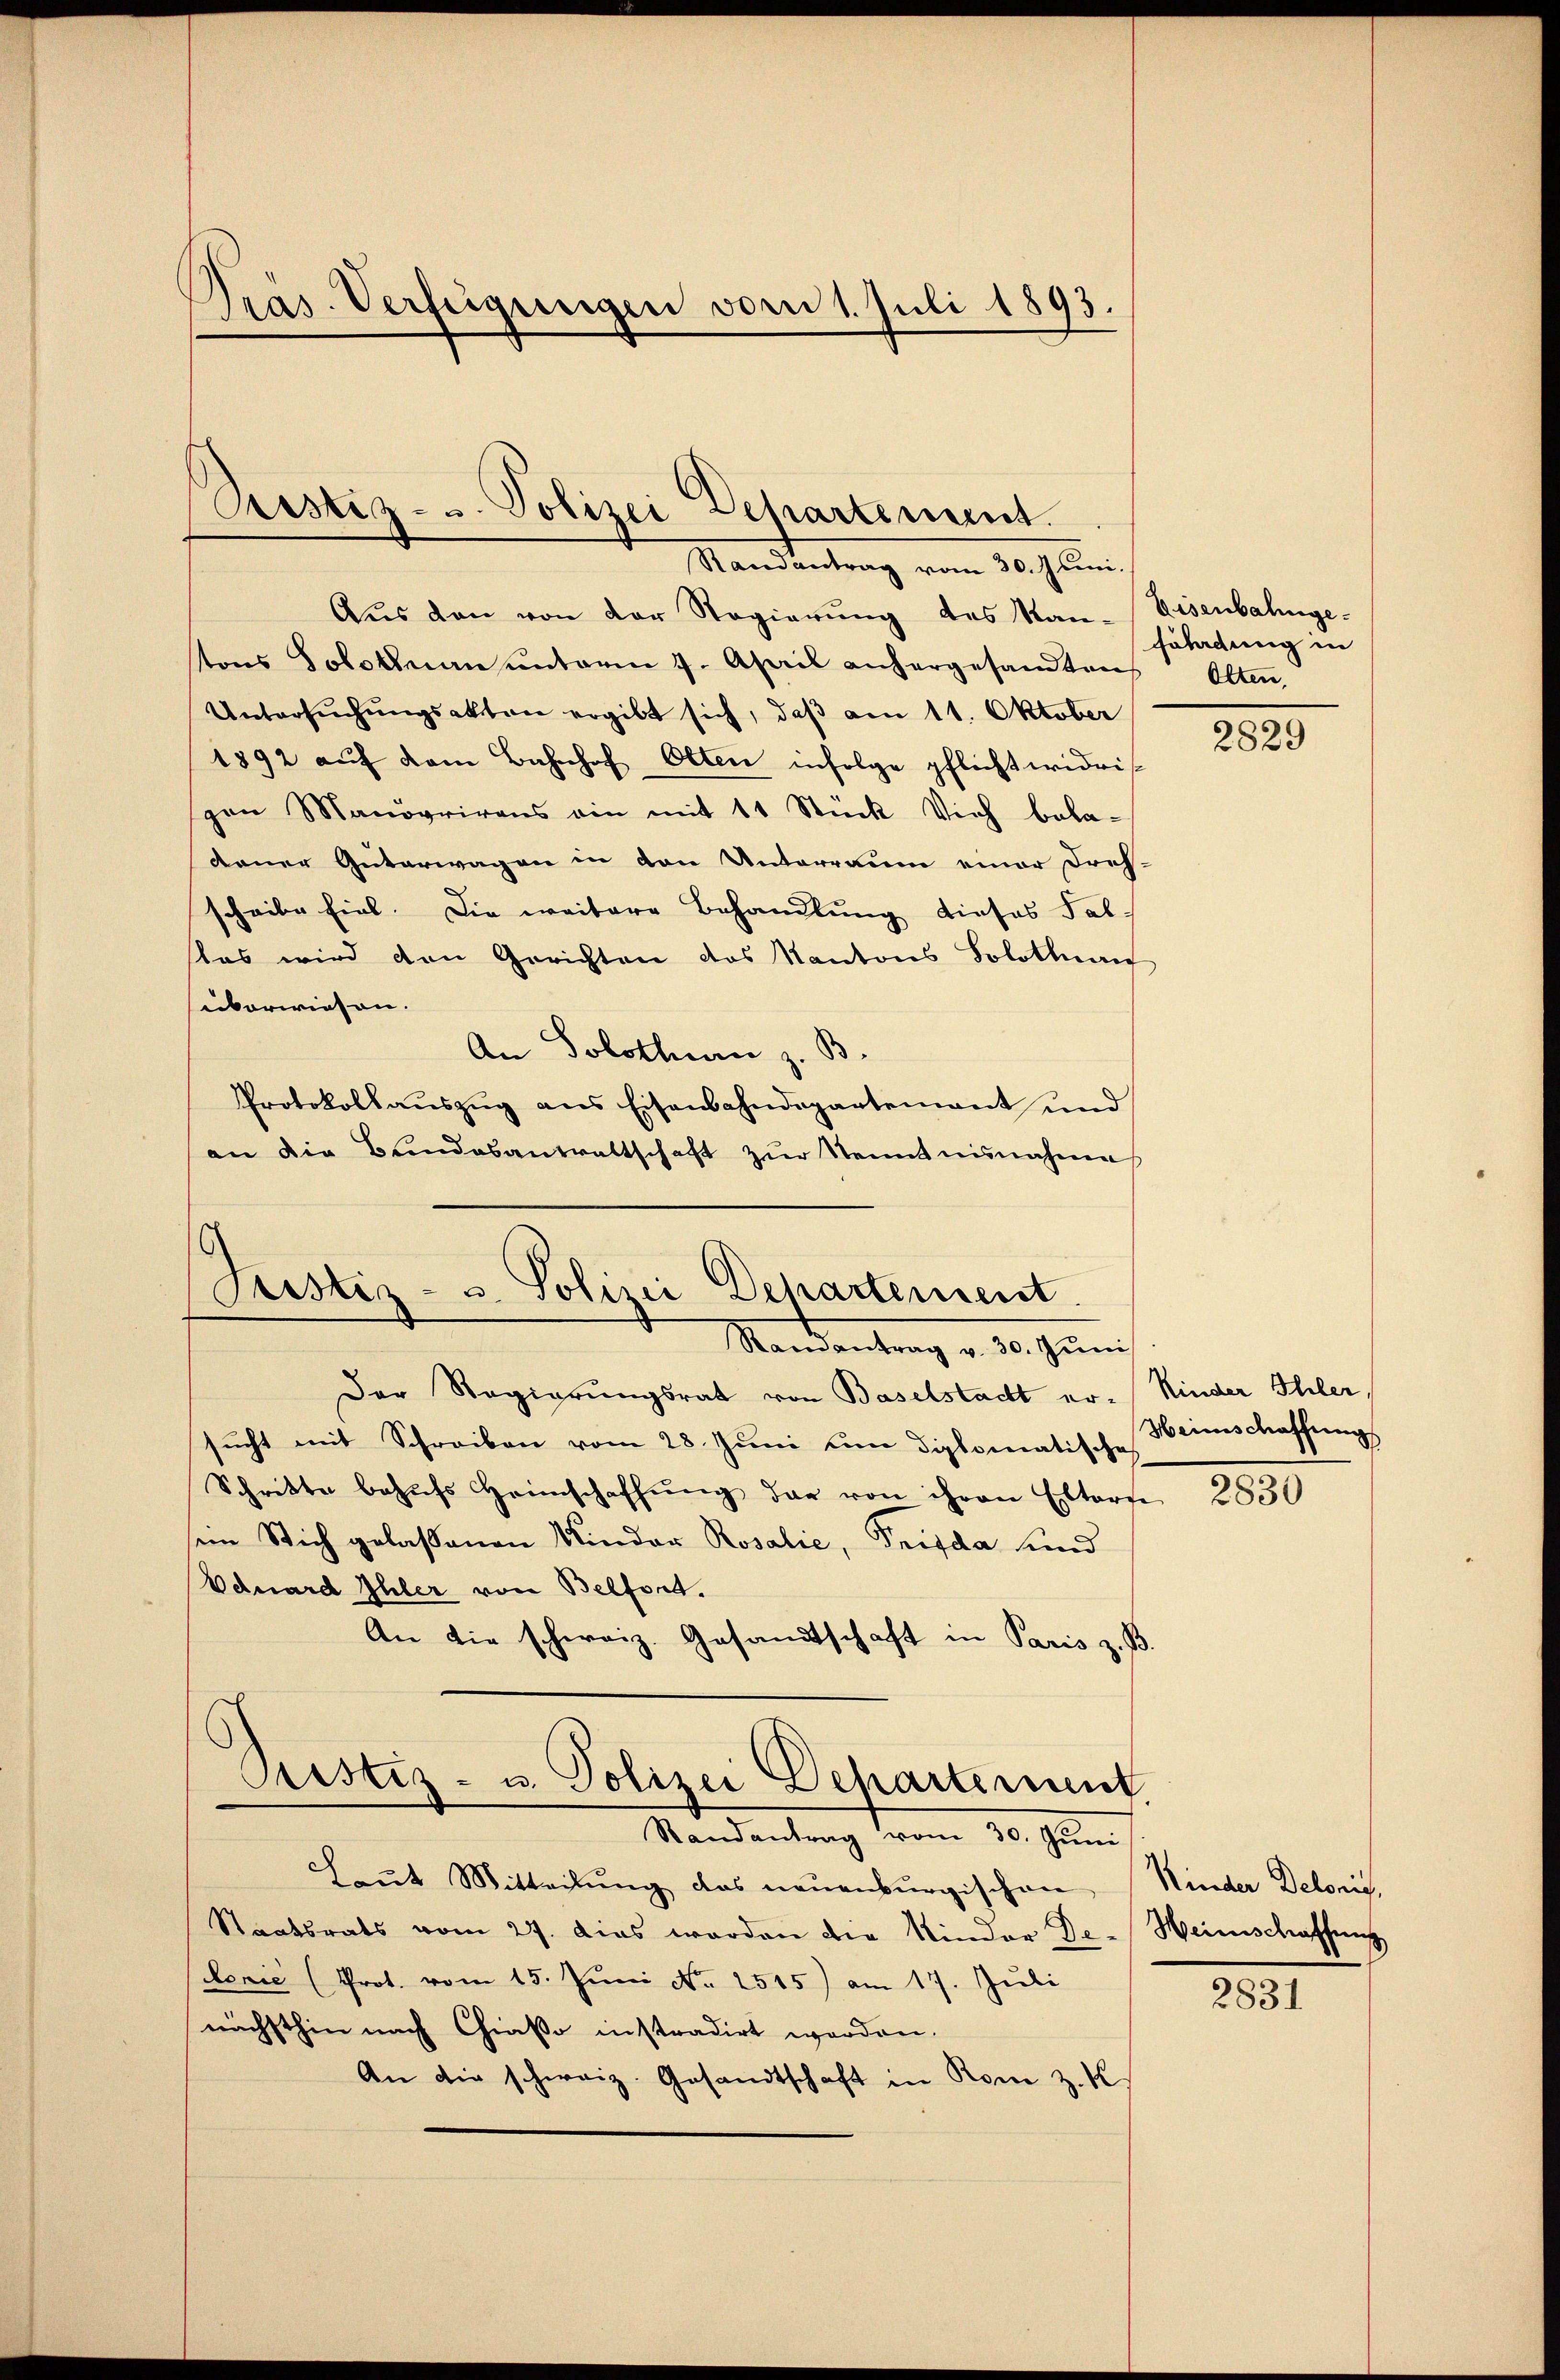
Pras. Verfügungen vom 1. Juli 1893.

Rustiz- u. Polizei
Departement.
Standentrag vom 30. Juni.

Aus den von der Regierŭng des Kan-Eisenbahngetons Solothurn unterm 7. April anhergesandten Olten,
Untersŭchŭngsakten ergibt sich, daβ am 11. Oktober
1892 aŭf dem Bahnhof Otten infolge pflichtwidris
pan Manövrirens ein mit 11 Stück Vieh bala-
dener Güterwagen in den Unterraum einer Dres-
scheibe fiel. Die weitere Behandlung dieses Fallas wird den Gerichten des Kantons Solothur
süberwiesen.
An Solothurn z. B.
Protokollaŭszŭg ans Eisenbahndepartement und
an die Bundesantrattschaft zŭr Kennt nunahme

Justiz- u. Polizei Dehartement.
Randantrag v. 30. Jŭni

Der Regierungsrat von Baselstacht er-Kinder Ihler,
sucht mit Schreiben vom 28. Juni um diplomatische
Schritte behŭfs Heimschaffŭng dar von ihren Eltern
sein Stich gelaßenen Nieder Rosalie, Trifda und
Eduard Ihler von Belfort.
An die schweiz. Gesandtschaft in Paris z. B.
Pristiz- u. Polizei Departement

Randantrag vom 30. Juni

Laŭt Mitteilŭng das neuenburgischen
Staatsrats vom 27. dies werden die Nieder De-
doxie (Prot. vom 15. Juni No 2515) am 17. Juli
nächsthin nach Chiaso instradirt werden.
An die schweiz. Gesandtschaft in Rom z. K

Föladung in

2829

Heimschaffung

2830

Kinder Delonis,
Weinschaffung

2831